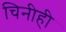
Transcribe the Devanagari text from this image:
चिनीही